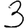
Digit: 3